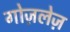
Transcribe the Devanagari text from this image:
गोज़लेज़